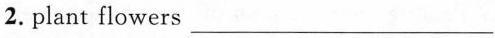
2. plant flowers ___